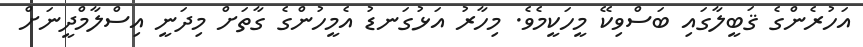
އަހުރެންގެ ޤަބީލާގައި ބަސްވިކޭ މީހަކީމެވެ. މިހާރު އަޅުގަނޑު އެމީހުންގެ ގާތަށް މިދަނީ އިސްލާމްދީނަށް